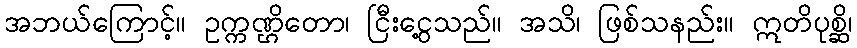
အဘယ်ကြောင့်။ ဥက္ကဏ္ဌိတော၊ ငြီးငွေ့သည်။ အသိ၊ ဖြစ်သနည်း။ ဣတိပုစ္ဆိ၊